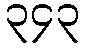
၃၄၃